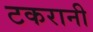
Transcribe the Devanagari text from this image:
टकरानी